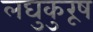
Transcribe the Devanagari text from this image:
लघुकुरूष